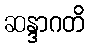
ဆန္ဒာဂတိ